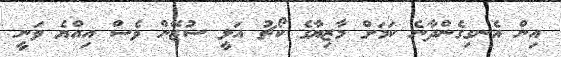
އިން އެނގިގެންދާނެ ކަމަށް މާޒިޔާގެ ކޯޗު އަލީ ސުޒޭން ވެސް އިއްޔެ ވަނީ